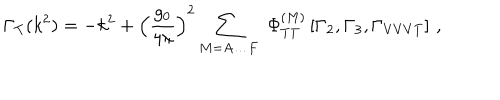
\Gamma _ { T } ( k ^ { 2 } ) = - k ^ { 2 } + \left( \frac { g _ { 0 } } { 4 \pi } \right) ^ { 2 } \sum _ { M = A \ldots F } \, \, \Phi _ { T T } ^ { ( M ) } \left[ \Gamma _ { 2 } , \Gamma _ { 3 } , \Gamma _ { V V V T } \right] \, ,